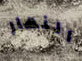
النهار